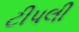
ટીપલી